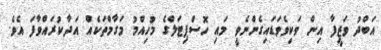
އަބްދު ވަޒީފާ އިން ވަކިވެވަޑައިގެންނެވީ މައި ހޮސްޕިޓަލްގެ މުހިއްމު މަގާމްތަކެއް އަދާކުރައްވާފަ އެވެ.